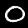
Label: 0